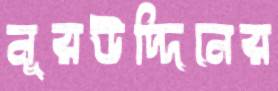
নূরউদ্দিনের